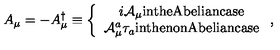
A _ { \mu } = - A _ { \mu } ^ { \dagger } \equiv \left\{ \begin{array} { c } { i { \mathcal A } _ { \mu } \mathrm { i n t h e A b e l i a n c a s e } } \\ { { \mathcal A } _ { \mu } ^ { a } \tau _ { a } \mathrm { i n t h e n o n A b e l i a n c a s e } } \\ \end{array} \right. ,